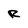
Character: R